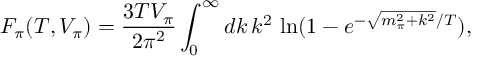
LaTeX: F _ { \pi } ( T , V _ { \pi } ) = \frac { 3 T V _ { \pi } } { 2 \pi ^ { 2 } } \int _ { 0 } ^ { \infty } d k \, k ^ { 2 } \, \ln ( 1 - e ^ { - \sqrt { m _ { \pi } ^ { 2 } + k ^ { 2 } } / T } ) ,